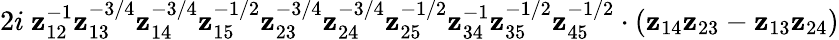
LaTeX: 2i\ \mathbf{z}_{12}^{-1}\mathbf{z}_{13}^{-3/4}\mathbf{z}_{14}^{-3/4}\mathbf{z}_{15}^{-1/2}\mathbf{z}_{23}^{-3/4}\mathbf{z}_{24}^{-3/4}\mathbf{z}_{25}^{-1/2}\mathbf{z}_{34}^{-1}\mathbf{z}_{35}^{-1/2}\mathbf{z}_{45}^{-1/2}\cdot(\mathbf{z}_{14}\mathbf{z}_{23}-\mathbf{z}_{13}\mathbf{z}_{24})